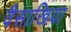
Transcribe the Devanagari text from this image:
वैसाखिया